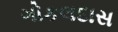
ગોકલદાસ